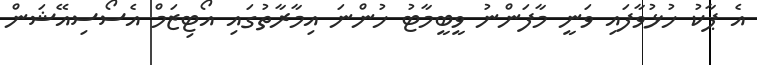
އެ ޕާކު ހުޅުވާފައި ވަނީ މާފަންނު ވީބީމާޓު ހުންނަ އިމާރާތުގައި އޯޓިޒަމް އެސޯސިއޭޝަން